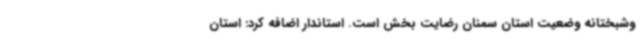
وشبختانه وضعیت استان سمنان رضایت بخش است.‌ استاندار اضافه کرد: استان